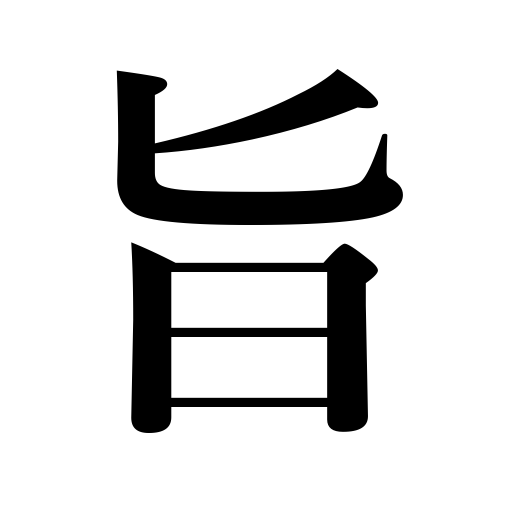
Meanings: show a liking for,will,instructions,thinking,relish,principle,purport